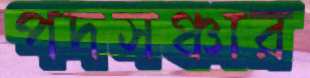
পদসঞ্চার